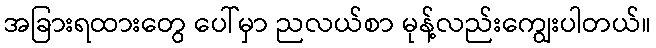
အခြားရထားတွေ ပေါ်မှာ ညလယ်စာ မုန့်လည်းကျွေးပါတယ်။